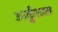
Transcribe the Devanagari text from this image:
आर्कुआटा